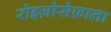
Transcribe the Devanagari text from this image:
रोइज़ोसेफ़ाला